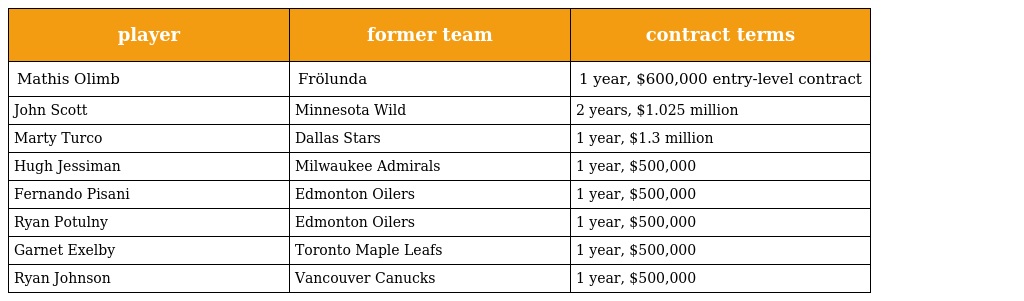
| player | former team | contract terms |
 | --- | --- | --- |
 | Mathis Olimb | Frölunda | 1 year, $600,000 entry-level contract |
 | John Scott | Minnesota Wild | 2 years, $1.025 million |
 | Marty Turco | Dallas Stars | 1 year, $1.3 million |
 | Hugh Jessiman | Milwaukee Admirals | 1 year, $500,000 |
 | Fernando Pisani | Edmonton Oilers | 1 year, $500,000 |
 | Ryan Potulny | Edmonton Oilers | 1 year, $500,000 |
 | Garnet Exelby | Toronto Maple Leafs | 1 year, $500,000 |
 | Ryan Johnson | Vancouver Canucks | 1 year, $500,000 |